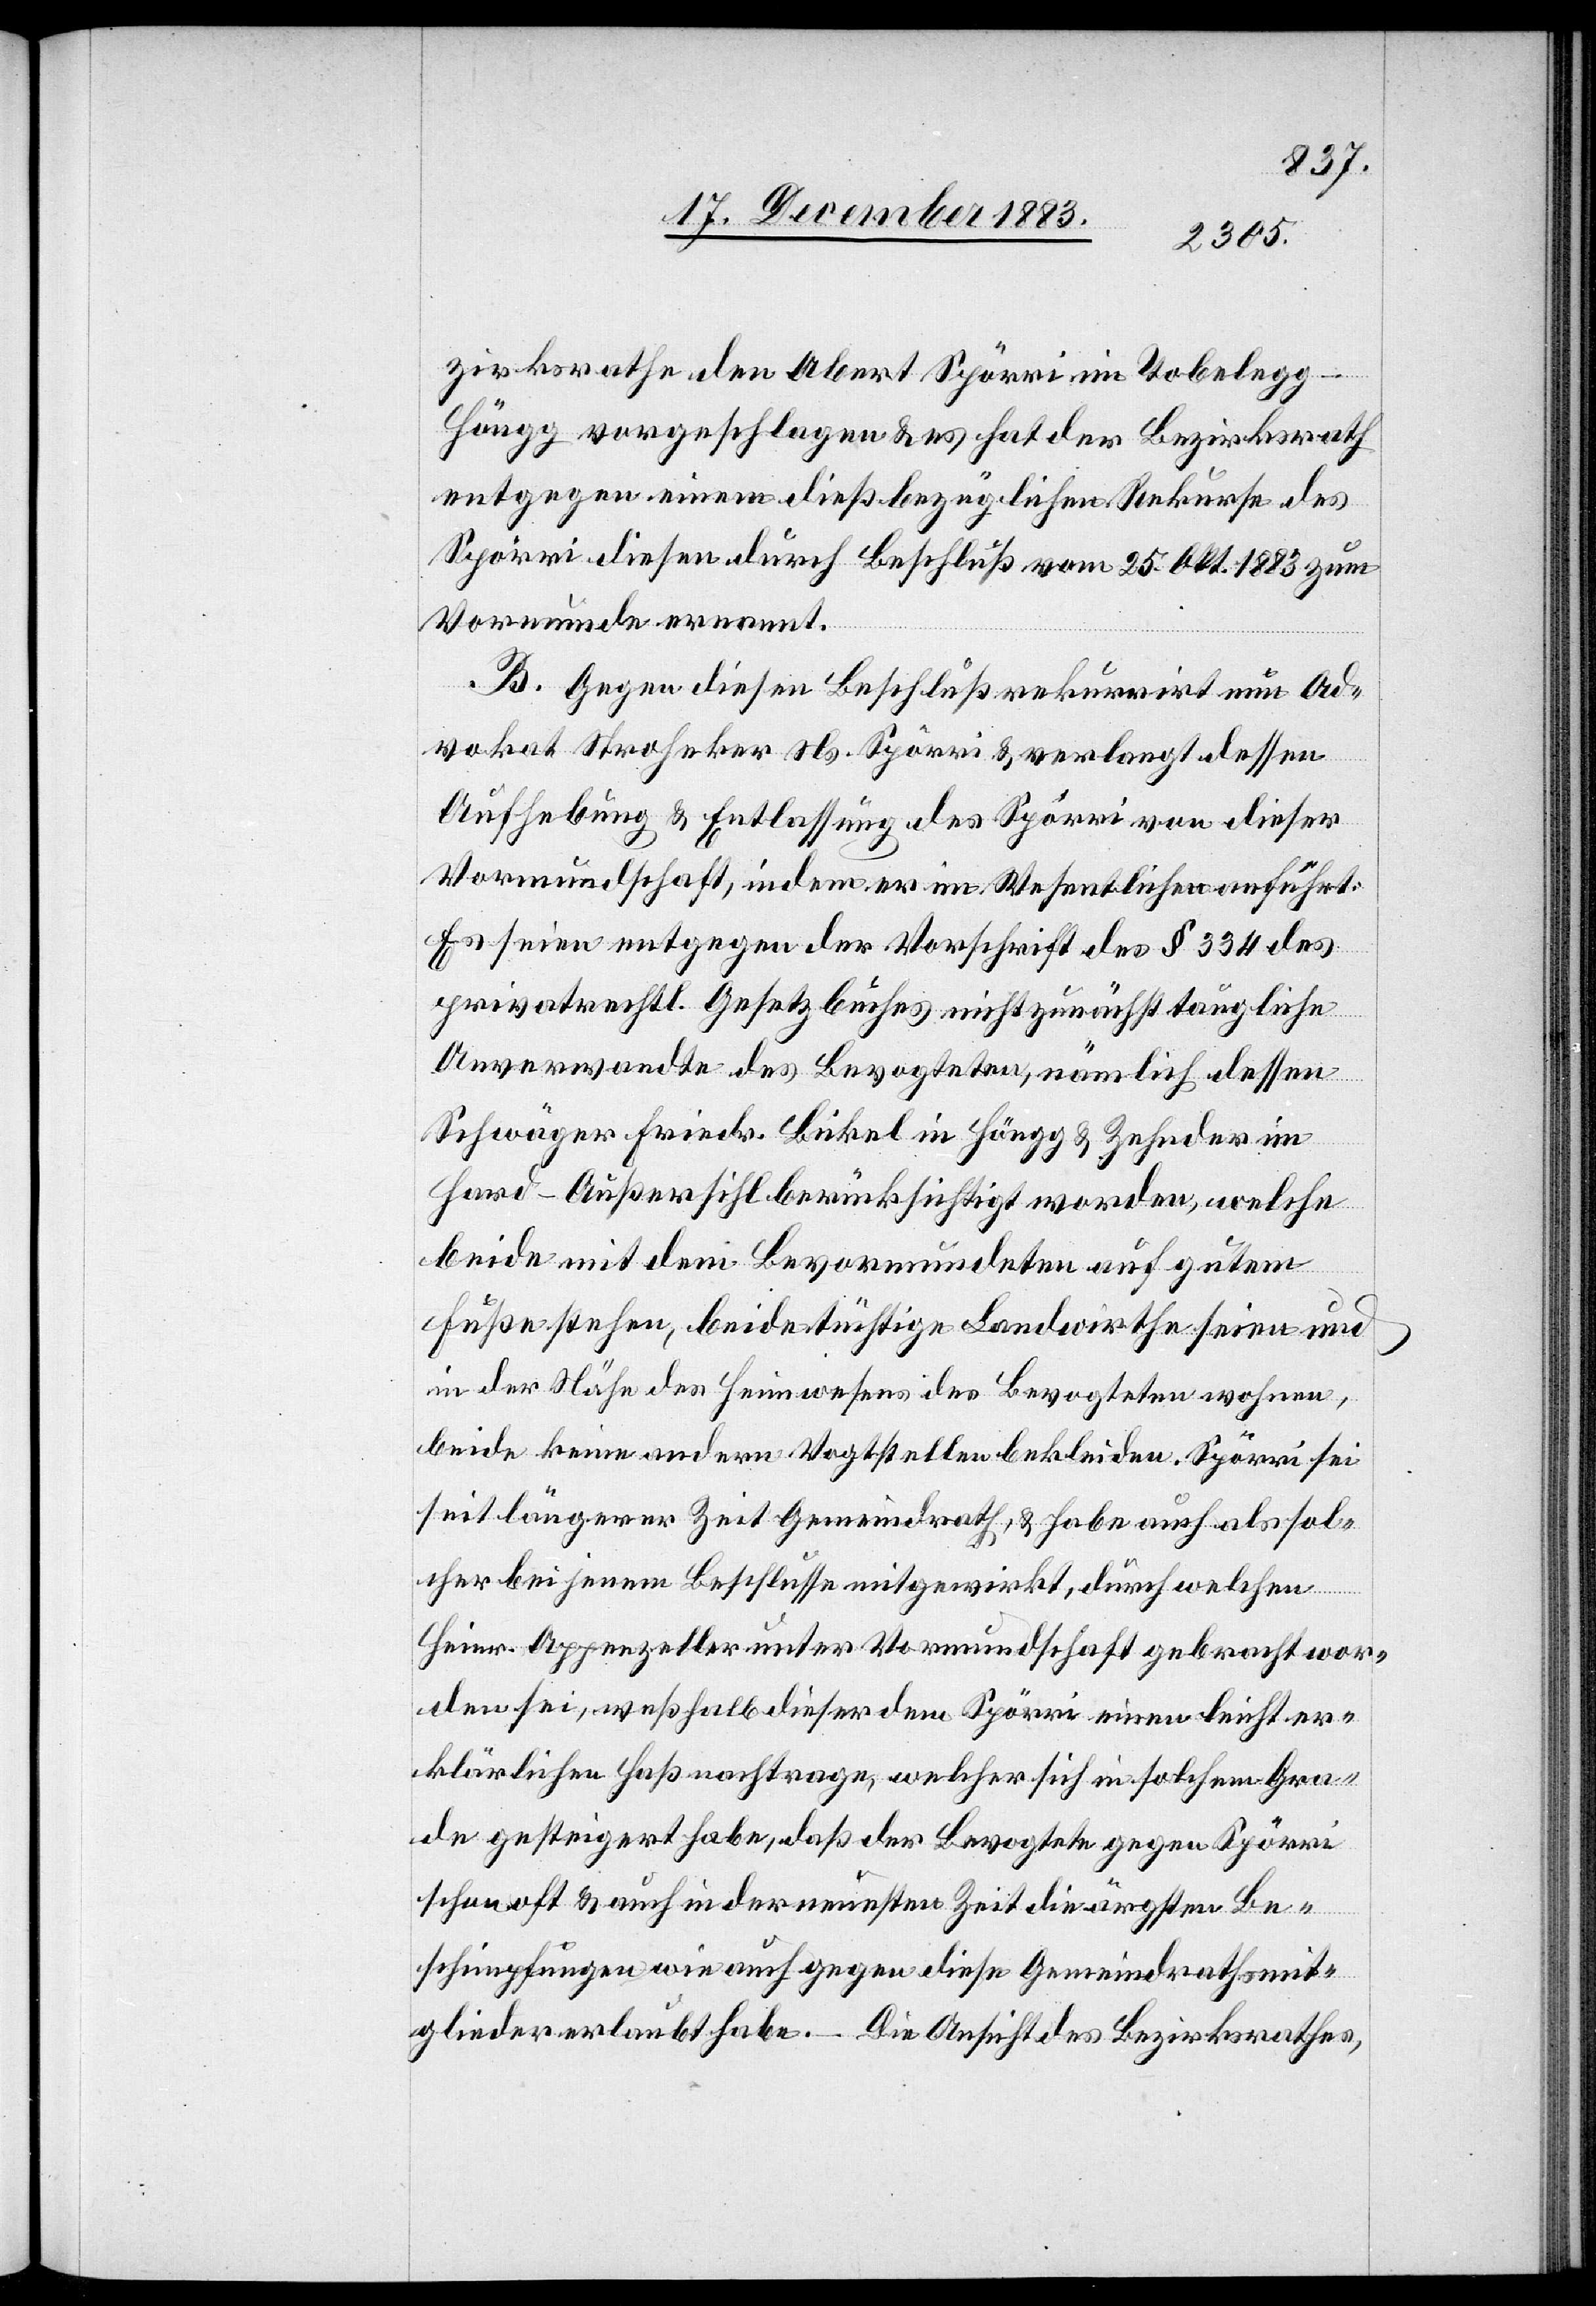
zirksrathe den A[l]bert Spörri im Tobelegg
Höngg vorgeschlagen & es hat der Bezirksrath
entgegen einem dießbezüglichen Rekurse des
Spörri[,] diesen durch Beschluß vom 25. Okt. 1883 zum
Vormunde ernannt.
B. Gegen diesen Beschluß rekurrirt nun Ad¬
vokat Stroheker Ns. Spörri & verlangt dessen
Aufhebung & Entlassung des Spörri von dieser
Vormundschaft, indem er im Wesentlichen anführt:
Es seien entgegen der Vorschrift des § 334 des
privatrechtl. Gesetzbuches nicht zunächst taugliche
Anverwandte des Bevogteten, nämlich dessen
Schwäger Friedr. Bickel in Höngg & Zehnder im
Hard - Außersihl berücksichtigt worden, welche
beide mit dem Bevormundeten auf gutem
Fuße stehen, beide tüchtige Landwirthe seien und
in der Nähe des Heimwesens des Bevogteten wohnen,
beide keine andern Vogtstellen bekleiden. Spörri sei
seit längerer Zeit Gemeindrath, & habe auch als sol¬
cher bei jenem Beschlusse mitgewirkt, durch welchen
Heinr. Appenzeller unter Vormundschaft gebracht wor¬
den sei, weßhalb dieser dem Spörri einen leicht er¬
klärlichen Haß nachtrage, welcher sich in solchem Gra¬
de gesteigert habe, daß der Bevogtete gegen Spörri
schon oft & auch in der neuesten Zeit die ärgsten Be¬
schimpfungen wie auch gegen diese Gemeindrathsmit¬
glieder erlaubt habe. – Die Ansicht des Bezirksrathes,